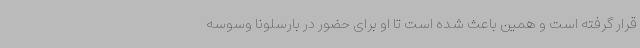
قرار گرفته است و همین باعث شده است تا او برای حضور در بارسلونا وسوسه